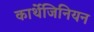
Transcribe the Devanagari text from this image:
कार्थेजिनियन